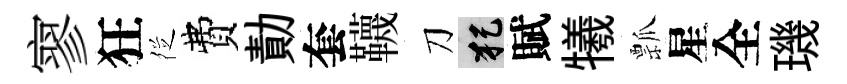
寥狂徔費勣套韈刀犯賦犧瓢星全璣